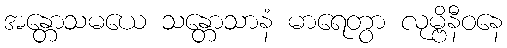
အန္တောသမယေ သန္တောသာနံ မာရေတွာ လုမ္ဗိနီဝနေ